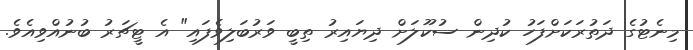
މިނެޓުގެ ދަތުރަކަށްފަހު ކުދިން ސުކޫލަށް ދިޔައިރު ތިބީ ވަރުބަލިވެފައި" އެ ޓީޗަރު ބުނުއްވިއެވެ.